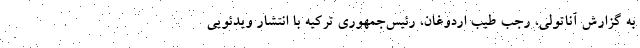
به گزارش آناتولی، رجب طیب اردوغان، رئیس‌جمهوری ترکیه با انتشار ویدئویی